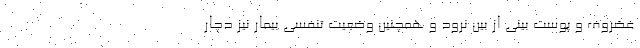
غضروف و پوست بینی از بین نرود و همچنین وضعیت تنفسی بیمار نیز دچار